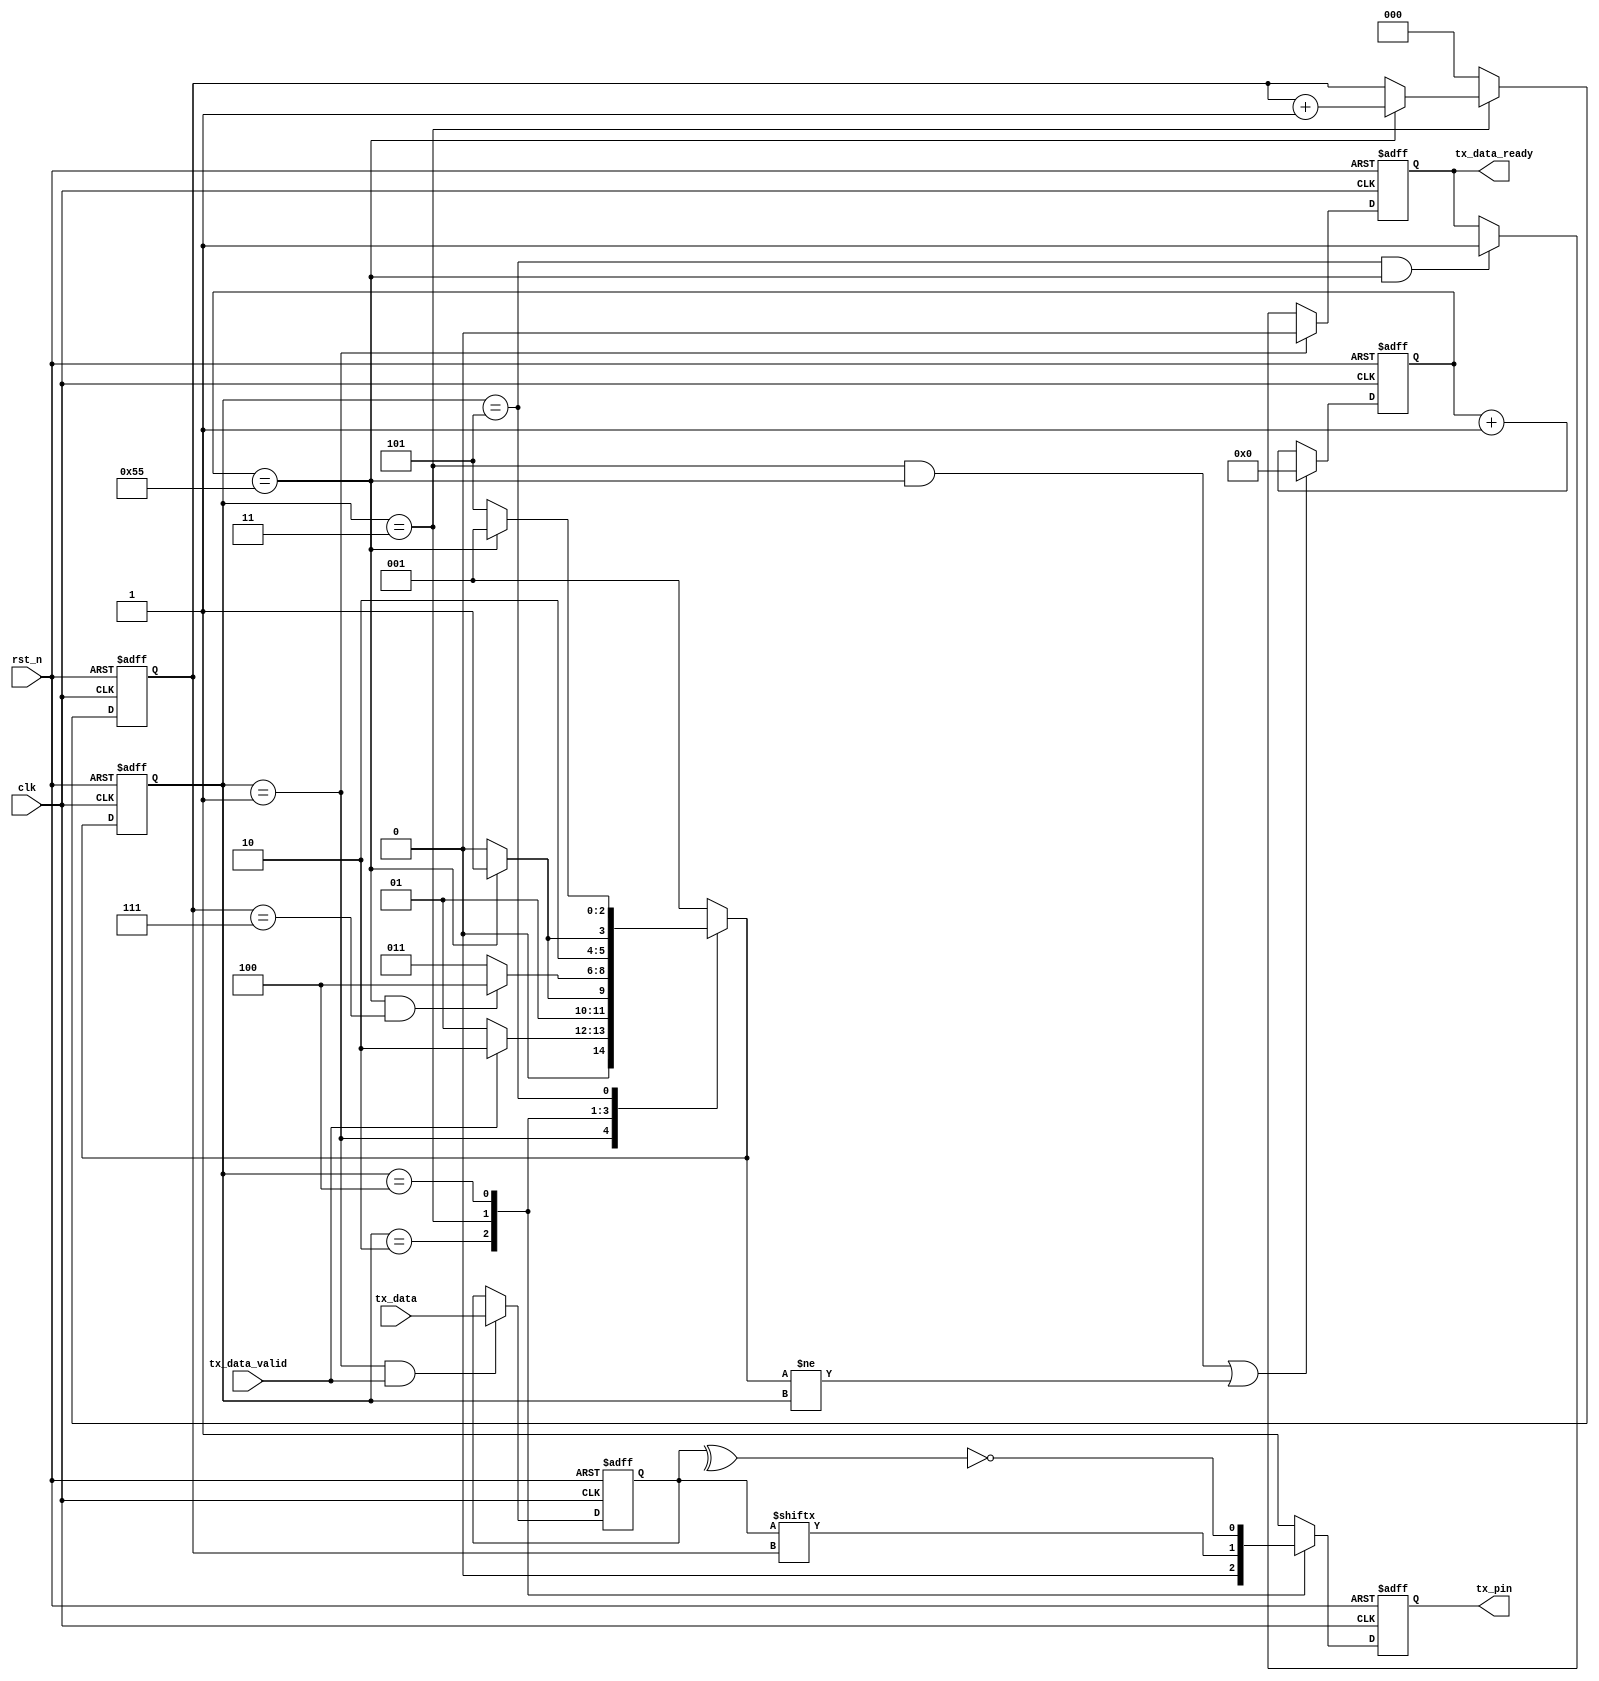
`timescale 1ns / 1ps
//////////////////////////////////////////////////////////////////////////////////
// Company: 
// Engineer: 
// 
// Design Name: 
// Module Name: uart_tx_even_check
// Project Name: 
// Target Devices: 
// Tool Versions: 
// Description: 
// 
// Dependencies: 
// 
// Revision:
// Revision 0.01 - File Created
// Additional Comments:
// 
//////////////////////////////////////////////////////////////////////////////////


module uart_tx_even_check #(
  parameter CLK_FRE = 40,      //clock frequency(Mhz)
 // parameter BAUD_RATE =115200//serial baud rate
 parameter BAUD_RATE =460800
)
(
  input                        clk,              //clock input
  input                        rst_n,            //asynchronous reset input, low active 
  input[7:0]                   tx_data,          //data to send
  input                        tx_data_valid,    //data to be sent is valid
  output reg                   tx_data_ready,    //send ready
  output                       tx_pin            //serial data output
);
//calculates the clock cycle for baud rate 
localparam                       CYCLE = CLK_FRE * 1000000 / BAUD_RATE;
//state machine code
localparam                       S_IDLE       = 1;
localparam                       S_START      = 2;//start bit
localparam                       S_SEND_BYTE  = 3;//data bits
localparam                       S_CRC  = 4;//data bits
localparam                       S_STOP       = 5;//stop bit
reg[2:0]                         state;
reg[2:0]                         next_state;
reg[15:0]                        cycle_cnt; //baud counter
reg[2:0]                         bit_cnt;//bit counter
reg[7:0]                         tx_data_latch; //latch data to send
reg                              tx_reg; //serial data output
assign tx_pin = tx_reg;
always@(posedge clk or negedge rst_n)
begin
  if(rst_n == 1'b0)
      state <= S_IDLE;
  else
      state <= next_state;
end

always@(*)
begin
  case(state)
      S_IDLE:
          if(tx_data_valid == 1'b1)
              next_state <= S_START;
          else
              next_state <= S_IDLE;
      S_START:
          if(cycle_cnt == CYCLE - 1)
              next_state <= S_SEND_BYTE;
          else
              next_state <= S_START;
      S_SEND_BYTE:
          if(cycle_cnt == CYCLE - 1&& bit_cnt == 3'd7)
              next_state <= S_CRC;
          else
              next_state <= S_SEND_BYTE;            
         S_CRC:
           if(cycle_cnt == CYCLE - 1)
               next_state <= S_STOP;
           else
               next_state <= S_CRC;                
      S_STOP:
          if(cycle_cnt == CYCLE - 1)
              next_state <= S_IDLE;
          else
              next_state <= S_STOP;
      default:
          next_state <= S_IDLE;
  endcase
end
always@(posedge clk or negedge rst_n)
begin
  if(rst_n == 1'b0)
      begin
          tx_data_ready <= 1'b0;
      end
  else if(state == S_IDLE)
      if(tx_data_valid == 1'b1)
          tx_data_ready <= 1'b0;
      else
          tx_data_ready <= 1'b0;
  else if(state == S_STOP && cycle_cnt == CYCLE-1)
          tx_data_ready <= 1'b1;
  
end


always@(posedge clk or negedge rst_n)
begin
  if(rst_n == 1'b0)
      begin
          tx_data_latch <= 8'd0;
      end
  else if(state == S_IDLE && tx_data_valid == 1'b1)
          tx_data_latch <= tx_data;
      
end

always@(posedge clk or negedge rst_n)
begin
  if(rst_n == 1'b0)
      begin
          bit_cnt <= 3'd0;
      end
  else if(state == S_SEND_BYTE)
      if(cycle_cnt == CYCLE - 1)
          bit_cnt <= bit_cnt + 3'd1;
      else
          bit_cnt <= bit_cnt;
  else
      bit_cnt <= 3'd0;
end


always@(posedge clk or negedge rst_n)
begin
  if(rst_n == 1'b0)
      cycle_cnt <= 16'd0;
  else if((state == S_SEND_BYTE && cycle_cnt == CYCLE - 1) || next_state != state)
      cycle_cnt <= 16'd0;
  else
      cycle_cnt <= cycle_cnt + 16'd1;    
end

always@(posedge clk or negedge rst_n)
begin
  if(rst_n == 1'b0)
      tx_reg <= 1'b1;
  else
      case(state)
          S_IDLE,S_STOP:
              tx_reg <= 1'b1; 
          S_START:
              tx_reg <= 1'b0; 
          S_SEND_BYTE:
              tx_reg <= tx_data_latch[bit_cnt];
        S_CRC:tx_reg <= ~(^tx_data_latch); 
       //  S_CRC:tx_reg <= ^tx_data_latch;
          default:
              tx_reg <= 1'b1; 
      endcase
end

endmodule